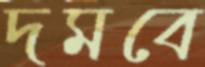
দমবে